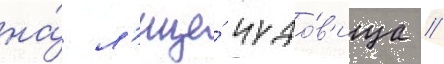
на́ л'ице́ чудо́в'ища //